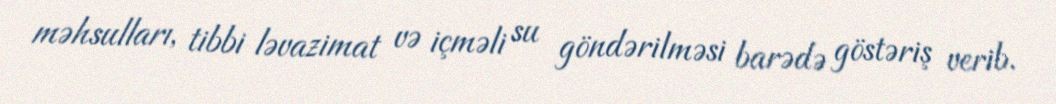
məhsulları, tibbi ləvazimat və içməli su göndərilməsi barədə göstəriş verib.